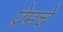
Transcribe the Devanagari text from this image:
प्रेमचे